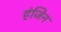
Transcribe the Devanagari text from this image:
हंजिन